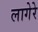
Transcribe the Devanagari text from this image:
लागेरे